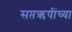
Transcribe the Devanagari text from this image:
सप्तऋषींच्या